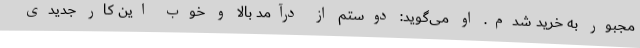
مجبور به خرید شدم. او می‌گوید: دوستم از درآمد بالا و خوب این کار جدیدی